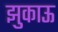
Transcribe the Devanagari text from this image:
झुकाऊ